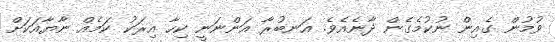
ވުމުން ގެއިން ނުކުމެގެން ދާނެއެވެ. އަނބުރާ އަންނަނީ ކިހާ އިރަކު ކަމެއް ނާޔާއަކަށް